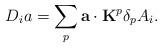
LaTeX: \begin{align*}D_ia=\sum_p{\bf a}\cdot {\bf K}^p\delta_pA_i.\end{align*}